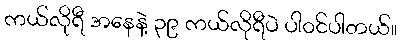
ကယ်လိုရီ အနေနဲ့ ၃၉ ကယ်လိုရီပဲ ပါ၀င်ပါတယ်။